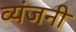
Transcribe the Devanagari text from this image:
व्यंजनी